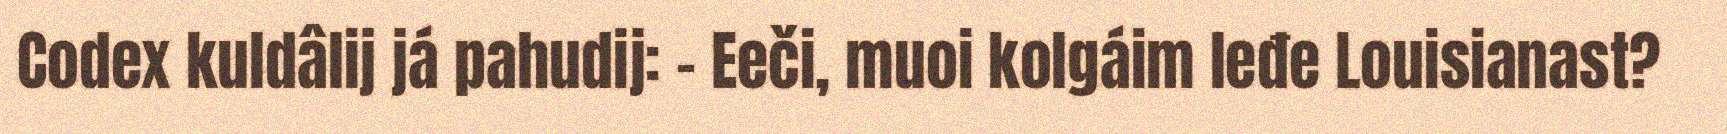
Codex kuldâlij já pahudij: - Eeči, muoi kolgáim leđe Louisianast?